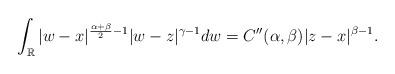
LaTeX: \begin{align*}\int_\mathbb{R}|w-x|^{\frac{\alpha+\beta}{2}-1}|w-z|^{\gamma-1}dw=C''(\alpha,\beta)|z-x|^{\beta-1}.\end{align*}